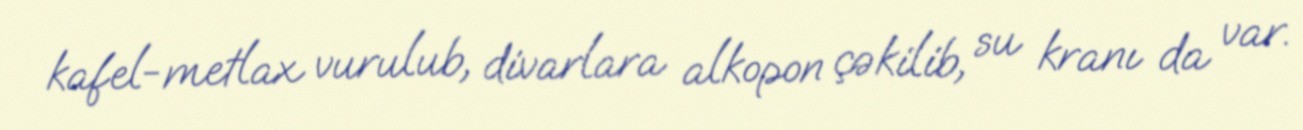
kafel-metlax vurulub, divarlara alkopon çəkilib, su kranı da var.